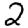
Digit: 2